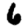
Digit: 6